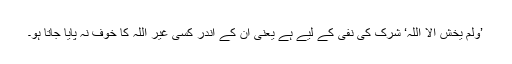
’وَلَمْ یَخْشَ اِلَّا اللّٰہَ‘ شرک کی نفی کے لیے ہے یعنی ان کے اندر کسی غیر اللہ کا خوف نہ پایا جاتا ہو۔